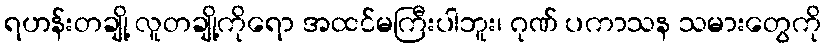
ရဟန်းတချို့ လူတချို့ကိုရော အထင်မကြီးပါဘူး၊ ဂုဏ် ပကာသန သမားတွေကို